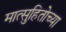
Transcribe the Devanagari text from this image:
मात्सुहितोच्या